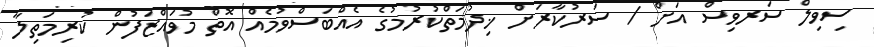
ސިވިލް ސަރވިސް އަށް / ސަރުކާރަށް ޚިދުމަތްކުރުމުގެ އެއްބަސްވުމެއް އޮތް މުވައްޒަފުން ކުރިމަތިލާ